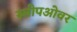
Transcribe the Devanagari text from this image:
स्लीपओवर